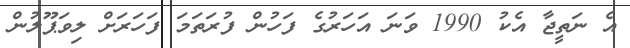
އެ ނަތީޖާ އެކު 1990 ވަނަ އަހަރުގެ ފަހުން ފުރަތަމަ ފަހަރަށް ލިވަޕޫލުން